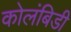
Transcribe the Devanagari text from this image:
कोलंबिडी